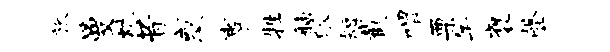
旅曼炕昔惑事牲舳皈短截喟栗午褒罄